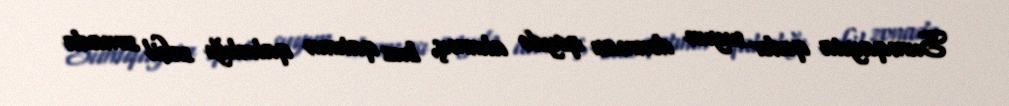
Sumqayıta qədər suyun donması qeydə alınmış, buz qatının qalınlığı sahil zonada